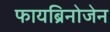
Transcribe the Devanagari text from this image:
फायब्रिनोजेन